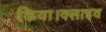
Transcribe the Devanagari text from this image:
किया।क्लाइव